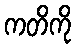
ကတိကို